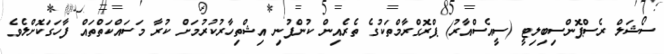
ސޯޝަލް ރެސްޕޮންސިބިލިޓީ (ސީއެސްއާރު) ޕްރޮގްރާމްތަކުގެ ތެރެއިން ކުންފުނި އިޝްތިހާރުކުރުމަށް ކުރާ މަސައްކަތްތައް ފާހަގަކޮށްލެވެ